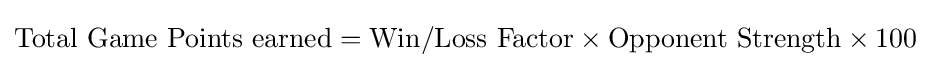
{\text{Total Game Points earned}}={\text{Win/Loss Factor}}\times {\text{Opponent Strength}}\times 100